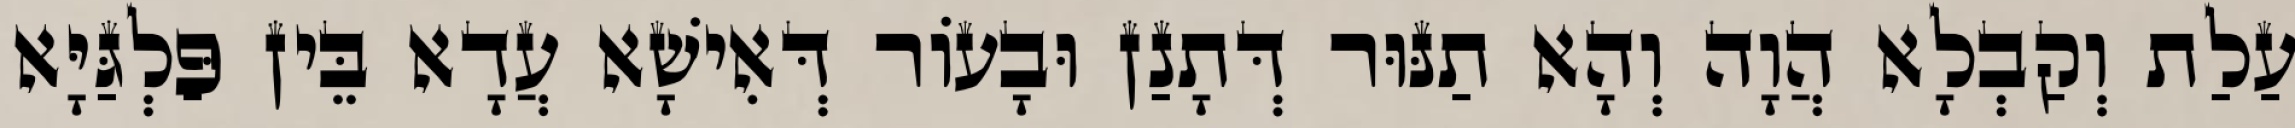
עַלַת וְקַבְלָא הֲוָה וְהָא תַנּוּר דְּתָנַן וּבָעוֹר דְּאִישָׁא עֲדָא בֵּין פַּלְגַּיָּא